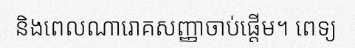
និងពេលណារោគសញ្ញាចាប់ផ្តើម។ ពេទ្យ